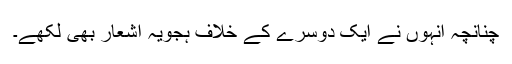
چنانچہ انہوں نے ایک دوسرے کے خلاف ہجویہ اشعار بھی لکھے۔